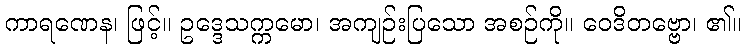
ကာရဏေန၊ ဖြင့်။ ဥဒ္ဒေသက္ကမော၊ အကျဉ်းပြသော အစဉ်ကို။ ဝေဒိတဗ္ဗော၊ ၏။